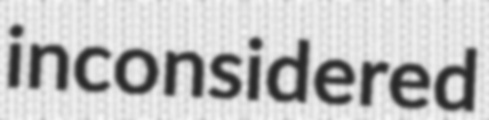
inconsidered